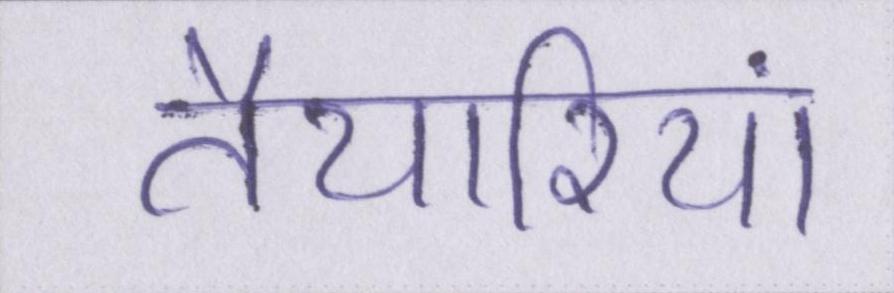
तैयारियां